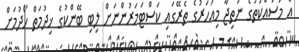
އެ މަސައްކަތުގެ ނަތިޖާ މިއަހަރުގެ ތެރޭގައި ކަސްޓަމަރުންނަށް ލިބި ބޭންކުގެ ޚިދުމަތް ހޯދުމަށް